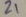
Text: Z1